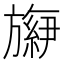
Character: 𬀕